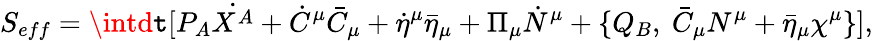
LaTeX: S_{eff}=\intd\mathtt{t}[P_{A}\dot{{X^{A}}}+\dot{{C}}^{\mu}\bar{{C}}_{\mu}+\dot{{\eta}}^{\mu}\bar{{\eta}}_{\mu}+\Pi_{\mu}\dot{{N}}^{\mu}+\{ Q_{B},~\bar{{C}}_{\mu}N^{\mu}+\bar{{\eta}}_{\mu}\chi^{\mu}\} ],